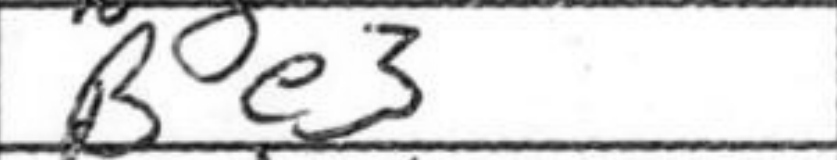
Transcription: Be3